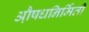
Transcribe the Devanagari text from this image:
औ़़षधनिर्मिती